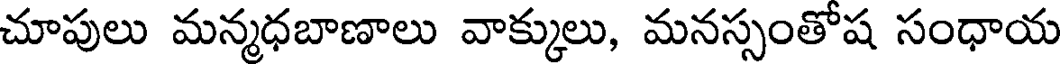
చూపులు మన్మధబాణాలు వాక్కులు, మనస్సంతోష సంధాయ